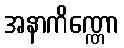
အနာကိဏ္ဏော